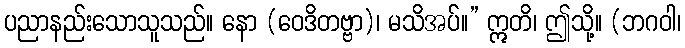
ပညာနည်းသောသူသည်။ နော (ဝေဒိတဗ္ဗာ)၊ မသိအပ်။” ဣတိ၊ ဤသို့။ (ဘဂဝါ၊